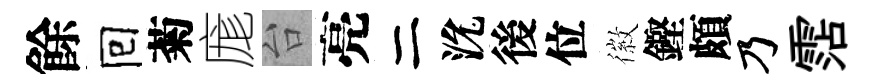
餘囘菊庬台亮二沇後位徽鏗頗乃霑